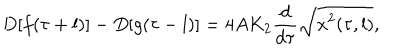
D [ f ( \tau + l ) ] - D [ g ( \tau - l ) ] = 4 A K _ { 2 } \frac { d } { d \tau } \sqrt { \dot { x } ^ { 2 } ( \tau , l ) } ,